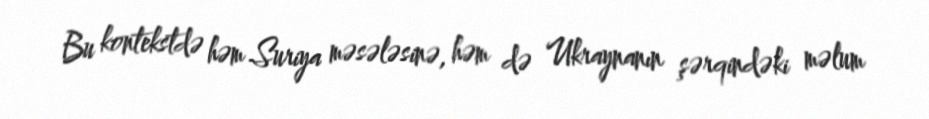
Bu kontekstdə həm Suriya məsələsinə, həm də Ukraynanın şərqindəki məlum